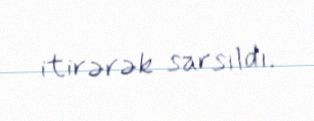
itirərək sarsıldı.